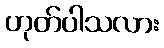
ဟုတ်ပါသလား